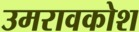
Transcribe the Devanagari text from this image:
उमरावकोश